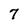
Character: 7